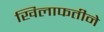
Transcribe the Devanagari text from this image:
खिलाफतीने